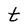
Character: t